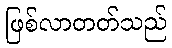
ဖြစ်လာတတ်သည်